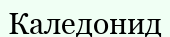
Каледонид